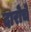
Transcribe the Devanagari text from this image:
दारोचे